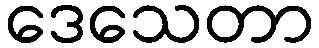
ဒေသေတာ